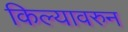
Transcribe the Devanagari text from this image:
किल्यावरुन